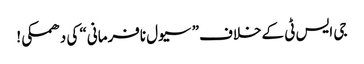
جی ایس ٹی کےخلاف” سیول نافرمانی“ کی دھمکی!